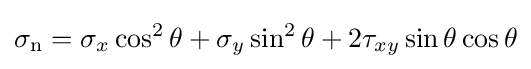
\sigma _{\mathrm {n} }=\sigma _{x}\cos ^{2}\theta +\sigma _{y}\sin ^{2}\theta +2\tau _{xy}\sin \theta \cos \theta